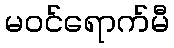
မဝင်ရောက်မီ